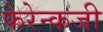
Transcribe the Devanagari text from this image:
फेरेन्कजी